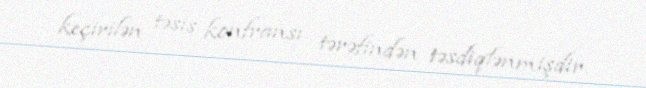
keçirilən təsis konfransı tərəfindən təsdiqlənmişdir.